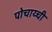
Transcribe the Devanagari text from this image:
पोचाय्ची